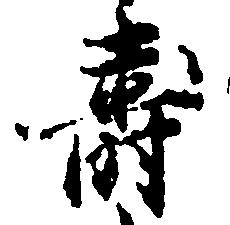
寿